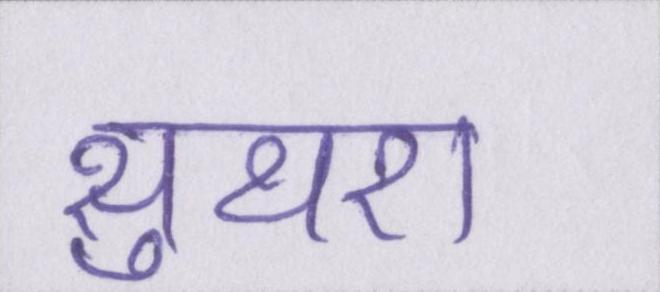
सुथरा